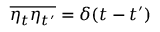
\overline { { \eta _ { t } \eta _ { t ^ { \prime } } } } = \delta ( t - t ^ { \prime } )